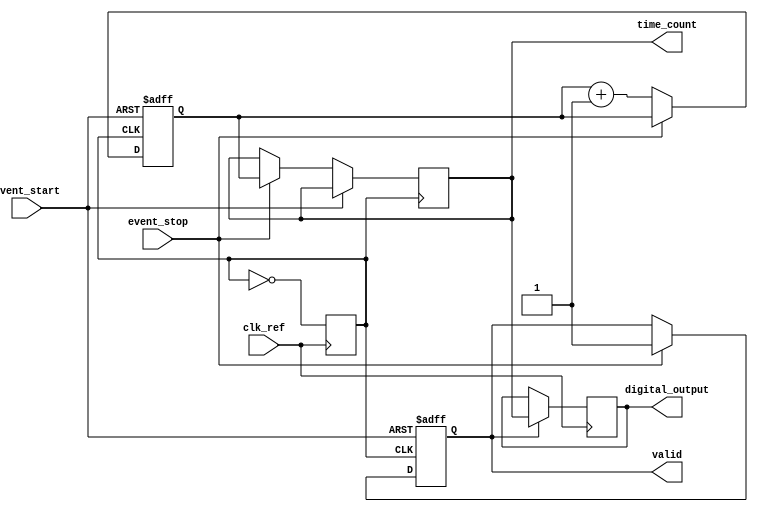
module TDC (
    input wire clk_ref,          // Reference clock input
    input wire event_start,      // Start event signal
    input wire event_stop,       // Stop event signal
    output reg [15:0] time_count, // Measured time interval in clock cycles
    output reg valid,            // Valid output signal
    output reg [15:0] digital_output // Digital output of the TDC
);

// PLL parameters
parameter PLL_MULTIPLIER = 8; // PLL multiplier for VCO frequency
parameter COUNTER_WIDTH = 16;  // Width of the counter

// PLL signals
reg clk_vco;                    // VCO output clock
reg [COUNTER_WIDTH-1:0] counter; // Counter for time measurement
reg pll_locked;                // PLL lock status

// PLL instantiation (simplified)
always @(posedge clk_ref) begin
    // Simulate PLL behavior
    if (pll_locked) begin
        clk_vco <= ~clk_vco; // Toggle VCO output
    end
end

// Counter logic
always @(posedge clk_vco or posedge event_start) begin
    if (event_start) begin
        counter <= 0;         // Reset counter on start event
        valid <= 0;           // Reset valid signal
    end else if (event_stop) begin
        time_count <= counter; // Capture counter value on stop event
        valid <= 1;            // Set valid signal
    end else begin
        counter <= counter + 1; // Increment counter
    end
end

// Digital encoding (simple binary encoding)
always @(posedge clk_ref) begin
    if (valid) begin
        digital_output <= time_count; // Output the measured time
    end
end

// PLL lock simulation (for demonstration purposes)
initial begin
    clk_vco = 0;
    pll_locked = 1; // Assume PLL is locked at the start
end

endmodule